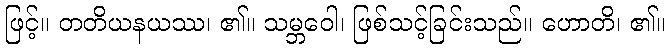
ဖြင့်။ တတိယနယဿ၊ ၏။ သမ္ဘဝေါ၊ ဖြစ်သင့်ခြင်းသည်။ ဟောတိ၊ ၏။